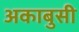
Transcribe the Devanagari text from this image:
अकाबुसी